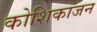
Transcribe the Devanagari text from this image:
कोशिकाजन